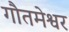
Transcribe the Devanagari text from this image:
गौतमेश्वर